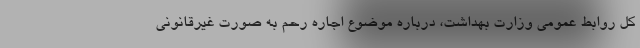
کل روابط عمومی وزارت بهداشت، درباره موضوع اجاره رحم به صورت غیرقانونی